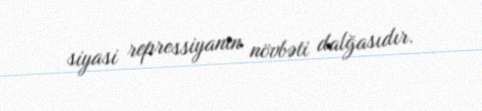
siyasi repressiyanın növbəti dalğasıdır.